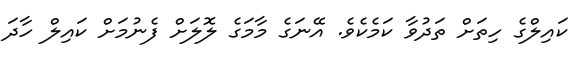
ކައިލްގެ ހިތަށް ތަދުވާ ކަމެކެވެ. އޭނަގެ މާމަގެ ލޮލަށް ފެނުމަށް ކައިލް ހާދަ